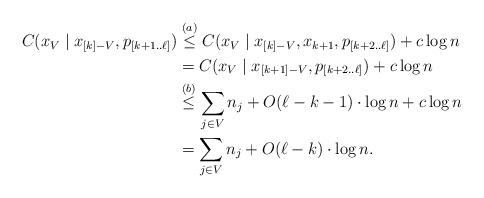
LaTeX: \begin{align*}C(x_V \mid x_{[k]-V}, p_{[k+1..\ell]}) &\stackrel{(a)}{\leq} C(x_V \mid x_{[k]-V}, x_{k+1}, p_{[k+2..\ell]}) + c \log n \\&\stackrel{}{=} C(x_V \mid x_{[k+1]-V}, p_{[k+2..\ell]}) + c \log n \\& \stackrel{(b)}{\leq} \sum_{j \in V} n_j + O(\ell-k-1) \cdot \log n + c \log n \\& = \sum_{j \in V} n_j + O(\ell-k) \cdot \log n.\end{align*}